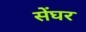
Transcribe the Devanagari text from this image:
सेंघर